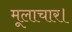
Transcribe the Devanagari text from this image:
मूलाचार।